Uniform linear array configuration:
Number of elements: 32
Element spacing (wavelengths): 0.5
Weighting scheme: hann
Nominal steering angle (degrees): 30
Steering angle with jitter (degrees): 30.172
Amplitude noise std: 0.05
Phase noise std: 0.05

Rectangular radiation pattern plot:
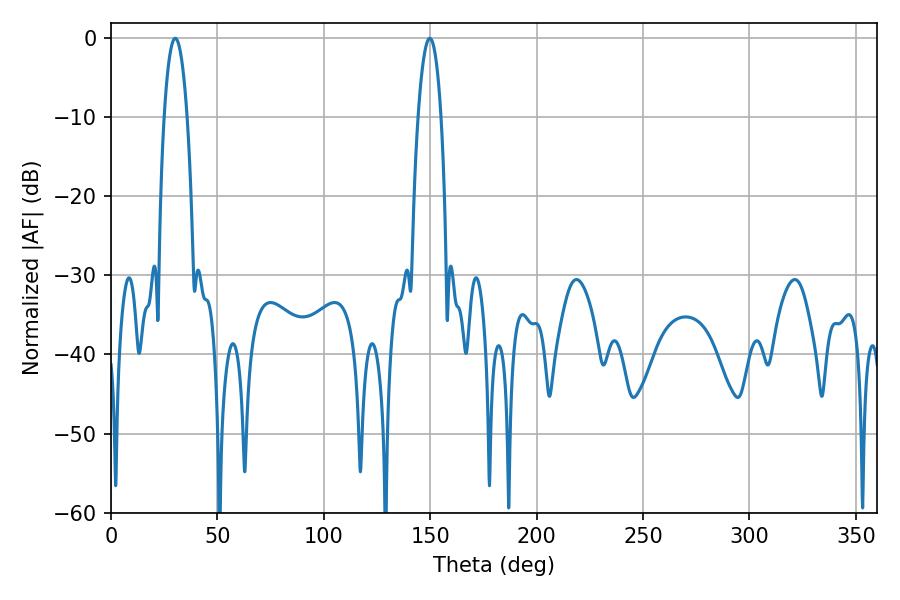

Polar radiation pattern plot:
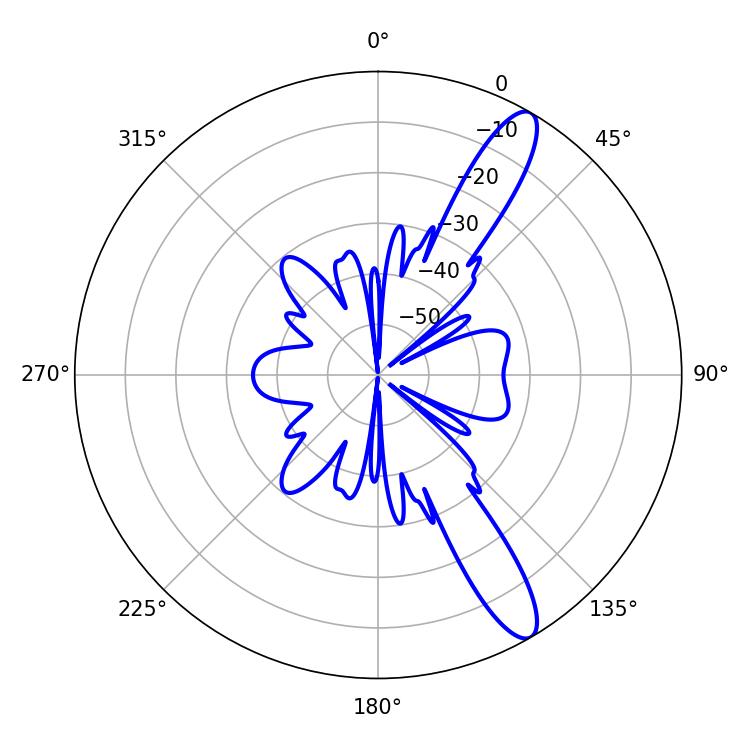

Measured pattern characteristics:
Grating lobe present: FALSE
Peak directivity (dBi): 12.465
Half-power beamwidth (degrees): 6.12
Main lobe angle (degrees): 30.24